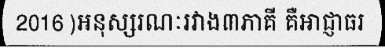
2016 )អនុស្សរណៈរវាង៣ភាគី គឺអាជ្ញាធរ